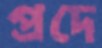
প্রদে